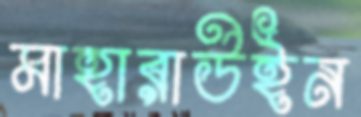
মাহারাউইন